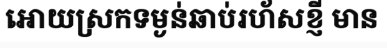
អោយស្រកទម្ងន់ឆាប់រហ័សខ្ញី មាន